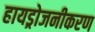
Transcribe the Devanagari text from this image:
हायड्रोजनीकरण